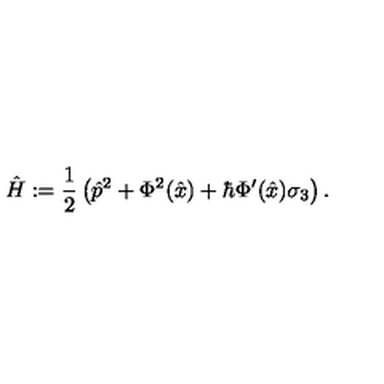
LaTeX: \hat { H } : = \frac { 1 } { 2 } \left( \hat { p } ^ { 2 } + \Phi ^ { 2 } ( \hat { x } ) + \hbar \Phi ^ { \prime } ( \hat { x } ) \sigma _ { 3 } \right) .